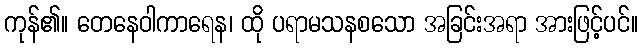
ကုန်၏။ တေနေဝါကာရေန၊ ထို ပရာမသနစသော အခြင်းအရာ အားဖြင့်ပင်။